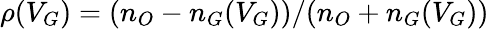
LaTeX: \rho(V_{G})=(n_{O}-n_{G}(V_{G}))/(n_{O}+n_{G}(V_{G}))